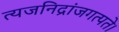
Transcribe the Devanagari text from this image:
त्यजनिद्रांजगत्पते।